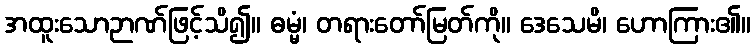
အထူးသောဉာဏ်ဖြင့်သိ၍။ ဓမ္မံ၊ တရားတော်မြတ်ကို။ ဒေသေမိ၊ ဟောကြား၏။